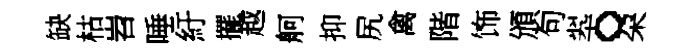
缺枯岧唾紆擺越舸抑尻禽階饰頒句翆。朶